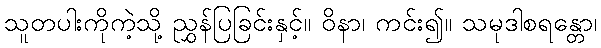
သူတပါးကိုကဲ့သို့ ညွှန်ပြခြင်းနှင့်။ ဝိနာ၊ ကင်း၍။ သမုဒါစရန္တော၊